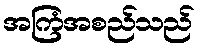
အကြံအစည်သည်